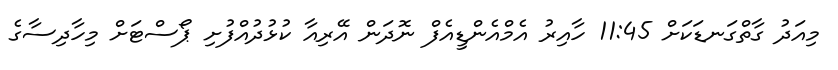
މިއަދު ގާތްގަނޑަކަށް 11:45 ހާއިރު އެމްއެންޑީއެފް ނޮދަން އޭރިއާ ކުޅުދުއްފުށި ޕޯސްޓަށް މިހާދިސާގެ